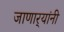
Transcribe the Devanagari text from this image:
जाणार्‍यांनी